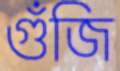
গুঁজি